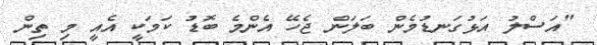
"އަސްލު އަޅުގަނޑުމެން ބަލަން ޖެހޭ އެންމެ ބޮޑު ކަމަކީ އެއީ މި ތިން